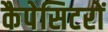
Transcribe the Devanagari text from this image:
कैपेसिटरों